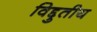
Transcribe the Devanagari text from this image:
विद्दुतीय